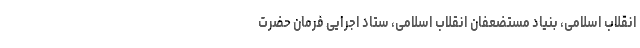
انقلاب اسلامی، بنیاد مستضعفان انقلاب اسلامی، ستاد اجرایی فرمان حضرت